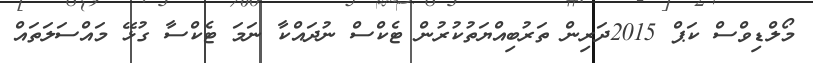
މޯލްޑިވްސް ކަޕް 2015ދަރިން ތަރުބިއްޔަތުކުރުން ޓެކްސް ނުދައްކާ ނަމަ ޓެކްސާ ގުޅޭ މައްސަލަތައް